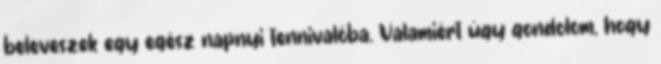
beleveszek egy egész napnyi tennivalóba. Valamiért úgy gondolom, hogy